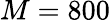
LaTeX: M=800